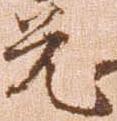
兄